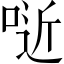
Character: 𠶌